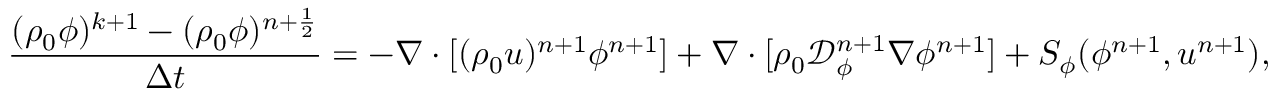
\frac { ( \rho _ { 0 } \phi ) ^ { k + 1 } - ( \rho _ { 0 } \phi ) ^ { n + \frac { 1 } { 2 } } } { \Delta t } = - \nabla \cdot [ ( \rho _ { 0 } \boldsymbol { u } ) ^ { n + 1 } \phi ^ { n + 1 } ] + \nabla \cdot [ \rho _ { 0 } \mathcal { D } _ { \phi } ^ { n + 1 } \nabla \phi ^ { n + 1 } ] + S _ { \phi } ( \phi ^ { n + 1 } , \boldsymbol { u } ^ { n + 1 } ) ,